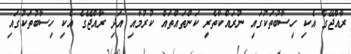
ރާއްޖޭގެ އެކި ހިސާބުތަކުގައި ނުރައްކާތެރި ކަންތައްތައް ކުރުމާއި އަދި ރާއްޖޭގެ އެކި ހިސާބުތަކުގައި